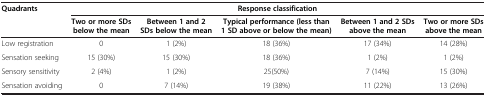
| Quadrants | <COLSPAN=5> Response classification |
 |  | Two or more SDs below the mean | Between 1 and 2 SDs below the mean | Typical performance (less than 1 SD above or below the mean) | Between 1 and 2 SDs above the mean | Two or more SDs above the mean |
 | --- | --- | --- | --- | --- | --- |
 | Low registration | 0 | 1 (2%) | 18 (36%) | 17 (34%) | 14 (28%) |
 | Sensation seeking | 15 (30%) | 15 (30%) | 18 (36%) | 1 (2%) | 1 (2%) |
 | Sensory sensitivity | 2 (4%) | 1 (2%) | 25(50%) | 7 (14%) | 15 (30%) |
 | Sensation avoiding | 0 | 7 (14%) | 19 (38%) | 11 (22%) | 13 (26%) |